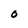
Character: O